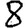
Digit: 8